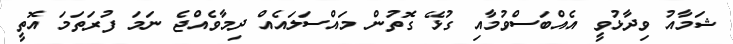
ޝަމާއު ވިދާޅުވީ އެއްބަސްވުމާއި ގުޅޭ ގޮތުން މައްސަލައެއް ދިމާވެއްޖެ ނަަމަ ފުރަތަމަ އޮތީ